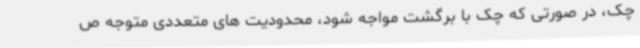
چک، در صورتی که چک با برگشت مواجه شود، محدودیت های متعددی متوجه ص